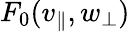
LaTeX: F_{0}(v_{\parallel},w_{\perp})